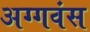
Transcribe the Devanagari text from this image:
अग्गवंस